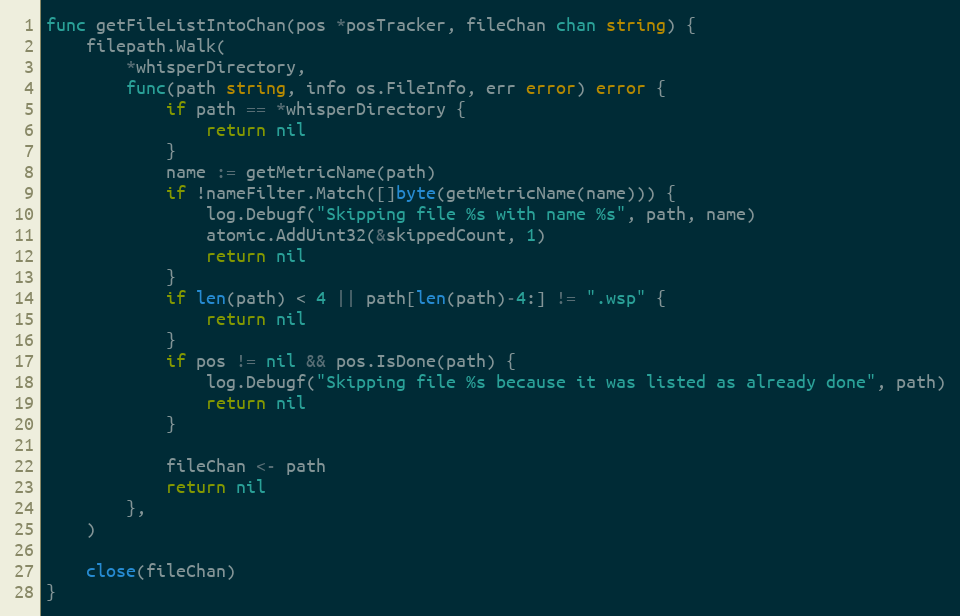
Language: Go
func getFileListIntoChan(pos *posTracker, fileChan chan string) {
	filepath.Walk(
		*whisperDirectory,
		func(path string, info os.FileInfo, err error) error {
			if path == *whisperDirectory {
				return nil
			}
			name := getMetricName(path)
			if !nameFilter.Match([]byte(getMetricName(name))) {
				log.Debugf("Skipping file %s with name %s", path, name)
				atomic.AddUint32(&skippedCount, 1)
				return nil
			}
			if len(path) < 4 || path[len(path)-4:] != ".wsp" {
				return nil
			}
			if pos != nil && pos.IsDone(path) {
				log.Debugf("Skipping file %s because it was listed as already done", path)
				return nil
			}

			fileChan <- path
			return nil
		},
	)

	close(fileChan)
}